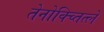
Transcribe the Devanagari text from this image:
तेनोक्च्तित्लें